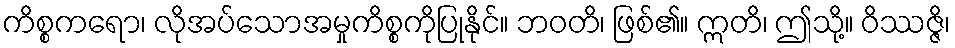
ကိစ္စကရော၊ လိုအပ်သောအမှုကိစ္စကိုပြုနိုင်။ ဘဝတိ၊ ဖြစ်၏။ ဣတိ၊ ဤသို့။ ဝိဿဇ္ဇိ၊